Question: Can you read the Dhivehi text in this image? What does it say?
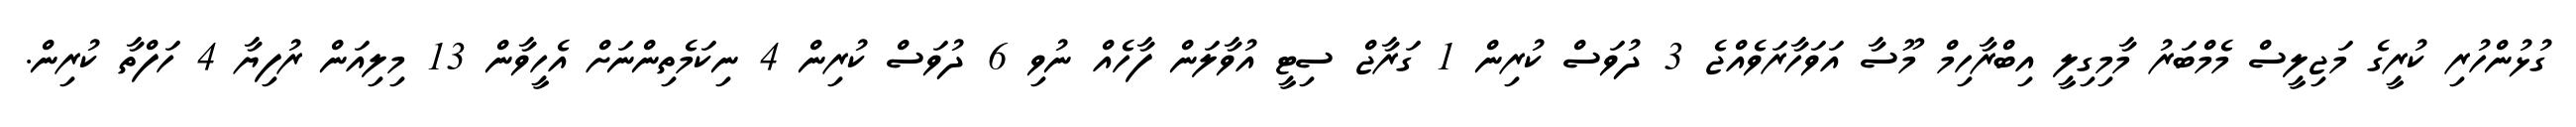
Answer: ގުޅުންހުރި ކުރީގެ މަޖިލީސް މެމްބަރު މާމިގިލީ އިބްރާހިމް މޫސާ އަވަހާރަވެއްޖެ 3 ދުވަސް ކުރިން 1 ގަރާޖް ސިޓީ އުވާލަން ފާހެއް ނުވި 6 ދުވަސް ކުރިން 4 ނިކަމެތިންނަށް އެހީވާން 13 މިލިއަން ރުފިޔާ 4 ހަފްތާ ކުރިން.